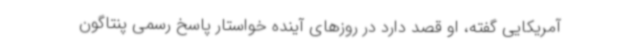
آمریکایی گفته،‌ او قصد دارد در روزهای آینده خواستار پاسخ رسمی پنتاگون